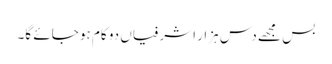
بس مجھے دس ہزار اشرفیاں دو کام ہو جائے گا۔